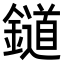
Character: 𨭪